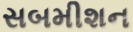
સબમીશન